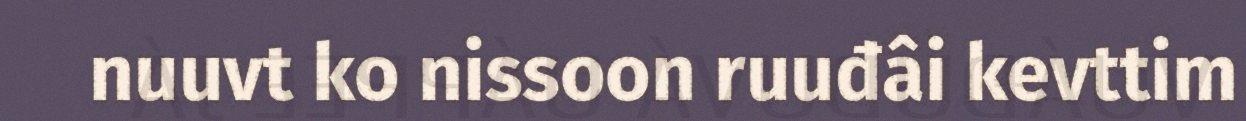
nuuvt ko nissoon ruuđâi kevttim